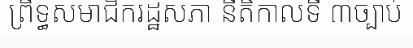
ព្រឹទ្ធសមាជិករដ្ឋសភា នីតិកាលទី ៣ច្បាប់